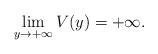
LaTeX: \begin{align*}\lim_{y\rightarrow +\infty }V(y)=+\infty . \end{align*}